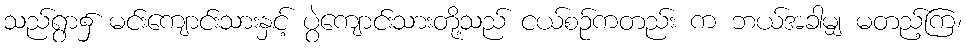
သည်ရွာ၌ မင်းကျောင်းသားနှင့် ပွဲကျောင်းသားတို့သည် ငယ်စဉ်ကတည်း က ဘယ်အခါမျှ မတည့်ကြ၊